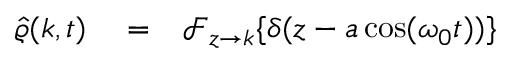
\begin{array} { r l r } { \hat { \varrho } ( k , t ) } & { { } = } & { \mathcal { F } _ { z \rightarrow k } \{ \delta ( z - a \cos ( \omega _ { 0 } t ) ) \} } \end{array}